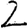
Digit: 2